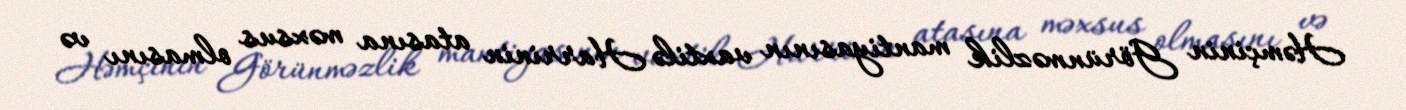
Həmçinin Görünməzlik mantiyasının vaxtilə Harrinin atasına məxsus olmasını və